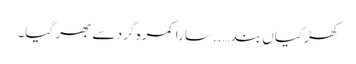
کھڑکیاں بند …..سارا کمرہ گرد سے بھر گیا۔